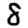
Digit: 8